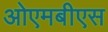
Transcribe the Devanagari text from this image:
ओएमबीएस